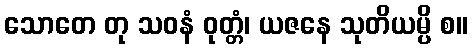
သောတေ တု သဝနံ ဝုတ္တံ၊ ယဇနေ သုတိယမ္ပိ စ။